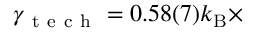
\gamma _ { \mathrm { ~ t ~ e ~ c ~ h ~ } } = 0 . 5 8 ( 7 ) k _ { \mathrm { B } } \times